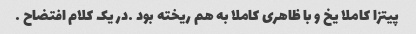
پیتزا کاملا یخ و با ظاهری کاملا به هم ریخته بود …در یک کلام افتضاح …